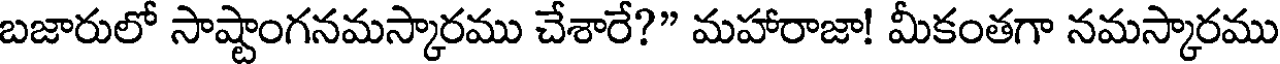
బజారులో సాష్టాంగనమస్కారము చేశారే?" మహారాజా! మీకంతగా నమస్కారము